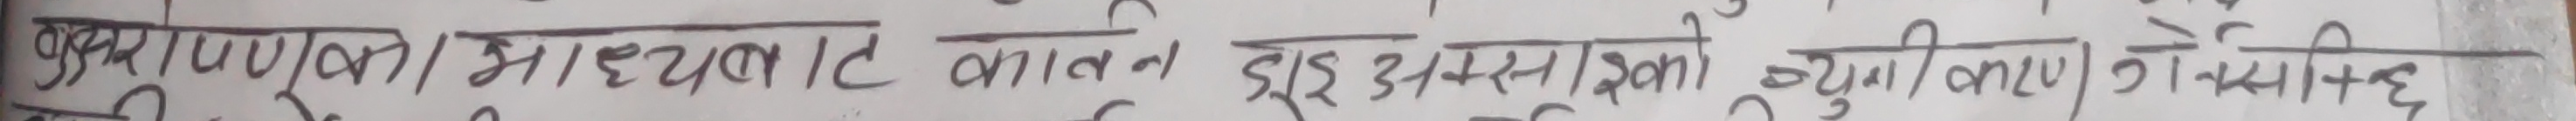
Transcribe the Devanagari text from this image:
बुअरणपूरण माध्यमात कातल हुई उस समीक्षाको चुगुण किरणों ने छि